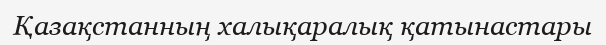
Қазақстанның халықаралық қатынастары